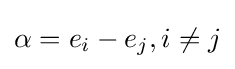
\alpha =e_{i}-e_{j},i\neq j